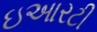
ઇઆરટી